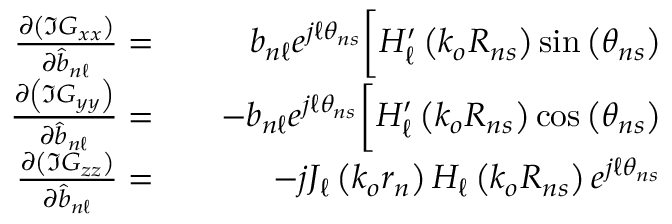
\begin{array} { r l r } { \frac { \partial \left( \Im G _ { x x } \right) } { \partial \hat { b } _ { n \ell } } = } & { { } } & { b _ { n \ell } e ^ { j \ell \theta _ { n s } } \bigg [ H _ { \ell } ^ { \prime } \left( k _ { o } R _ { n s } \right) \sin \left( \theta _ { n s } \right) } \\ { \frac { \partial \left( \Im G _ { y y } \right) } { \partial \hat { b } _ { n \ell } } = } & { { } } & { - b _ { n \ell } e ^ { j \ell \theta _ { n s } } \bigg [ H _ { \ell } ^ { \prime } \left( k _ { o } R _ { n s } \right) \cos \left( \theta _ { n s } \right) } \\ { \frac { \partial \left( \Im G _ { z z } \right) } { \partial \hat { b } _ { n \ell } } = } & { { } } & { - j J _ { \ell } \left( k _ { o } r _ { n } \right) H _ { \ell } \left( k _ { o } R _ { n s } \right) e ^ { j \ell \theta _ { n s } } } \end{array}